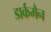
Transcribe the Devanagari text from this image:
डार्कमैन